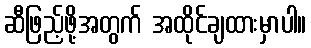
ဆီဖြည့်ဖို့အတွက် အထိုင်ချထားမှာပါ။